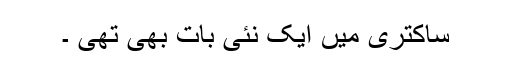
ساکتری میں ایک نئی بات بھی تھی ۔